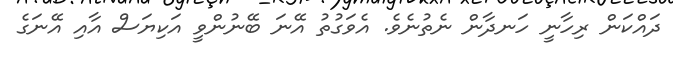
ދައްކަން ރިހާނީ ހަނދާން ނެތުނެވެ. އެވަގުތު އޭނަ ބޭނުންވީ އަކިޔަސް އާއި އޭނަގެ